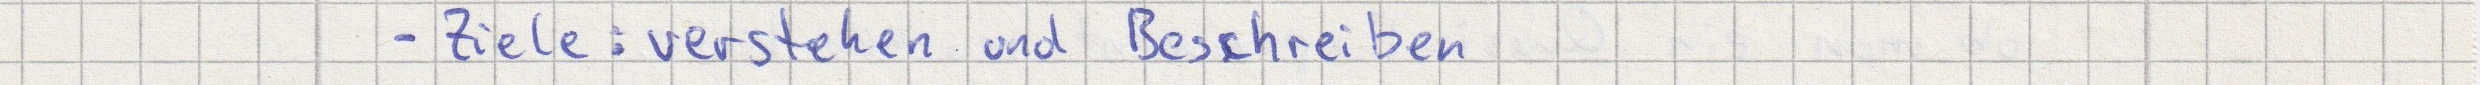
- Ziele: verstehen und Beschreiben